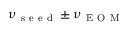
\nu _ { \mathrm { ~ s ~ e ~ e ~ d ~ } } \pm \nu _ { \mathrm { ~ E ~ O ~ M ~ } }